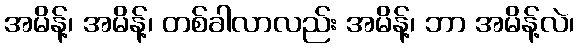
အမိန့်၊ အမိန့်၊ တစ်ခါလာလည်း အမိန့်၊ ဘာ အမိန့်လဲ၊